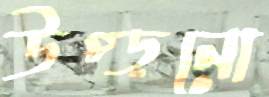
উপ্‌ড়নো